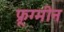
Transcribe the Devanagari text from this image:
फ्रूग्मीन